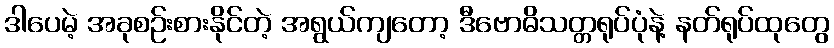
ဒါပေမဲ့ အခုစဉ်းစားနိုင်တဲ့ အရွယ်ကျတော့ ဒီဗောဓိသတ္တရုပ်ပုံနဲ့ နတ်ရုပ်ထုတွေ